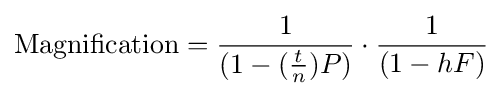
{\textrm {Magnification}}={\frac {1}{(1-({\frac {t}{n}})P)}}\cdot {\frac {1}{(1-hF)}}